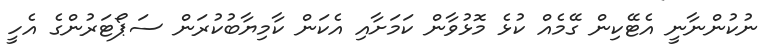
ނުކުންނާނީ އެޓޭކިން ގޭމެއް ކުޅެ މޮޅުވާން ކަމަށާއި އެކަން ކާމިޔާބުކުރަން ސަޕޯޓަރުންގެ އެހީ